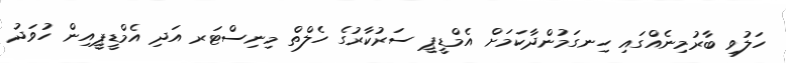
ހަލުވި ބާރުމިނެއްގައި ހިނގަމުންދާކަމަށް އެމްޑީޕީ ސަރުކާރުގެ ހެލްތް މިނިސްޓަރ އަދި އެމްޑީޕީއިން ހުވަދު